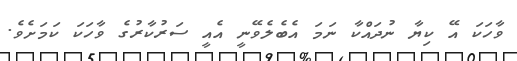
ވާހަކަ އޭ ކިޔާ ނުދައްކާ ނަމަ އެބެލެވޭނީ އެއީ ސަރުކާރުގެ ވާހަކަ ކަމަށެވެ.